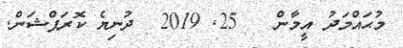
މުޙައްމަދު އީމާން   25